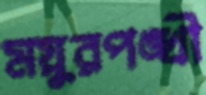
ময়ুরপঙ্খী